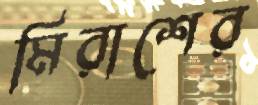
মিরাশের